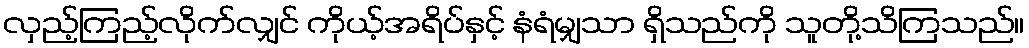
လှည့်ကြည့်လိုက်လျှင် ကိုယ့်အရိပ်နှင့် နံရံမျှသာ ရှိသည်ကို သူတို့သိကြသည်။